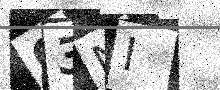
Text: O3NI